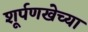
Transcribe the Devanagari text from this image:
शूर्पणखेच्या